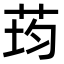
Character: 荺